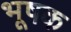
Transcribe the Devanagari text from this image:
भूषक